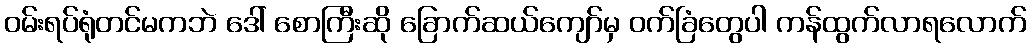
ဝမ်းရပ်ရုံတင်မကဘဲ ဒေါ် စောကြီးဆို ခြောက်ဆယ်ကျော်မှ ဝက်ခြံတွေပါ ကန်ထွက်လာရလောက်